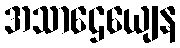
အသာဌေယျေန